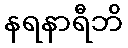
နရနာရီဘိ